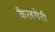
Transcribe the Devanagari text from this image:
कैलगेरी